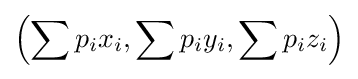
\left(\sum p_{i}x_{i},\sum p_{i}y_{i},\sum p_{i}z_{i}\right)